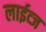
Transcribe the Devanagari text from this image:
लाईव्ज